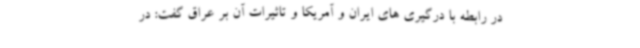
در رابطه با درگیری های ایران و آمریکا و تاثیرات آن بر عراق گفت: در